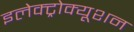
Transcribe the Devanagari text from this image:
इलेक्ट्रोक्यूशन